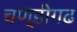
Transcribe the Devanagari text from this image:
चण्‍डीगढ